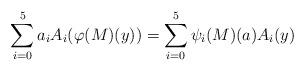
LaTeX: \begin{align*}\sum_{i=0}^5a_iA_i(\varphi(M)(y))=\sum_{i=0}^5\psi_i(M)(a)A_i(y)\end{align*}